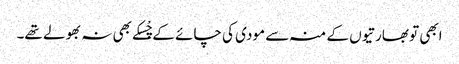
ابھی تو بھارتیوں کے منہ سے مودی کی چائے کے چْسکے بھی نہ بھولے تھے۔